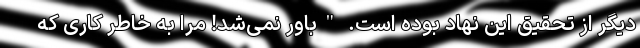
دیگر از تحقیق این نهاد بوده است. "باور نمی‌شد! مرا به خاطر کاری که